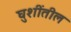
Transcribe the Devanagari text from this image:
घुशींतील